Leaving Certificate Examination, 1913
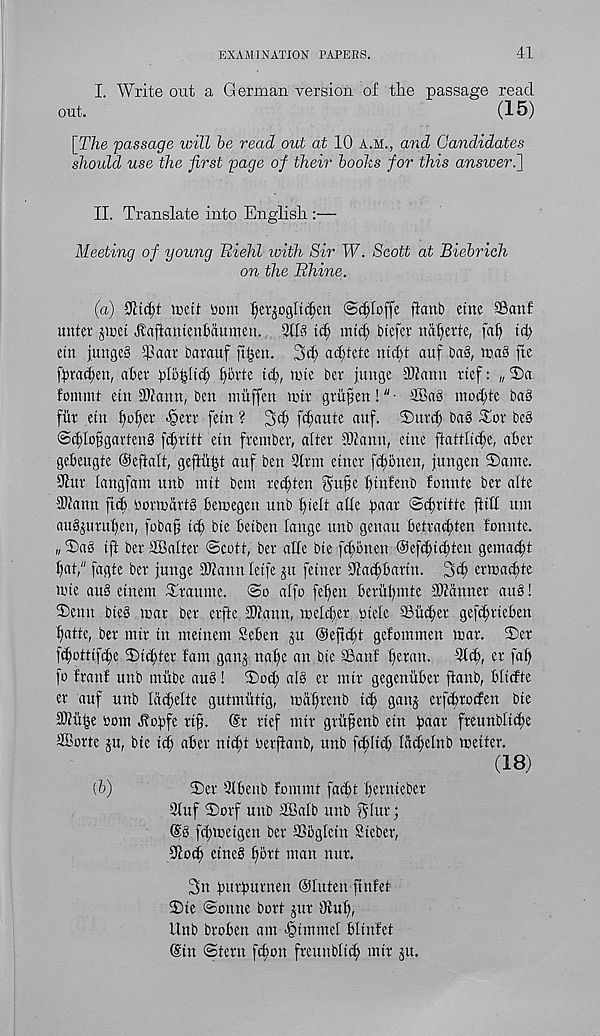
EXAMINATION PAPERS.
41
I. Write out a German version of the passage read
out.
(15)
[The -passage will be read out at 10 a.m., and Candidates
should use the first page of their boohs for this ansiveri]
II. Translate into English :—
Meeting of young Ttiehl with Sir W. Scott at Biebrich
on the Rhine.
(a)
iceit item
(Sdjloffc jtcmb etne SBcmf
untet pret .ftaftaiuenMumeu. 3tl8 tefc mid; btefev na^ette, fat) id)
etn junges 5Paar barauf jt§en.
ac[;tetc nid)t auf ba§,
fte
ft>rad;ett, aber blbfeltd) l)6vte id), lute ber junge 91fanit ttef: „ 2)a.
fommt etn 9Jiamt, ben muffin mtt gvufjen !" ■ 2Ba§ mod)te bag
fur etn f)offer -§err fetn ? 3d; fc^aute auf. 2)urd) bag Tor beg
@d)lo§garteng fc^ritt etn frember, alter 91?ann, etne ftattlidfe, after
gefteugte Oeftalt, geftii^t auf ben 9lrm etner fdfonen, fungen Tame.
9htr langfam unb mtt bem reeftten 5ufe fttnfenb fonnte ber alte
9)tann ftef) ‘oortodrtg ftemegen unb ftieft atfe ftaar ©eftritte fit'll urn
augpiruften, foba§ id) btc ftetben lange unb genau ftetradften fonnte.
„ Tag tft ber SBalter Scott, ber affe bte ftftonen Oefc^tdften gematftt
ftat," fagte ber junge 9Jtann letfe ju fetner dcadtftartn. 3d) ermaeftte
nne aug etnem Traume. So affo feffen fteruftmte Scanner aug!
Tettn bteg mar ber crfte 33iann, melcfter otele 33ud)er gefc^rteften
fiatte, ber mtr tn metnem Seften ju ©efti^t gefommen mar. Ter
fd)ottifcfte Titter fam ganj na'ffe an bte SBanf fteran.
9l(^, er faf)
fo franf unb mitbe aug! Tod) alg er mtr gegenufter ftanb, ftltdte
er auf unb lacftelte gutmutig, mdffrenb
ganj crftftroden bte
SWil^e ttom Hoftfe rt^. ®r rtef mtr gritfjenb etn ftaar freunbtti^e
SCorte ju, bie id) after nic^t berflanb, unb f(|Iicft lat^elnb meiter.
(18)
(b)
Ter 3lfteub fommt faeftt fternteber
9luf Torf unb SBalb unb ^Ittr;
@g fcftmetgen ber aSogletn Steber,
91o(^ etneg ftort man nur.
3n fturfturnen @Iuten ftnfet
Tie Sonne bort jur Otu^,
Unb broften am <§tmmel ftltnfet
(Sin Stern ftfton freuttbftcft mtr ju.